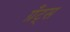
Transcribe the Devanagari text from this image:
ग्रँट्स